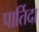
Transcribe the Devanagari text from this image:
पार्तिदा